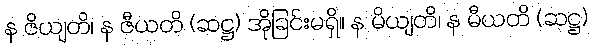
န ဇိယျတိ၊ န ဇီယတိ (ဆဋ္ဌ) အိုခြင်းမရှိ။ န မိယျတိ၊ န မီယတိ (ဆဋ္ဌ)